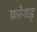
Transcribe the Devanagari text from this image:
फ़ोयड्